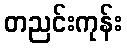
တညင်းကုန်း